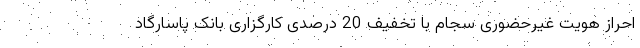
احراز هویت غیرحضوری سجام با تخفیف 20 درصدی کارگزاری بانک پاسارگاد